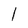
Character: l